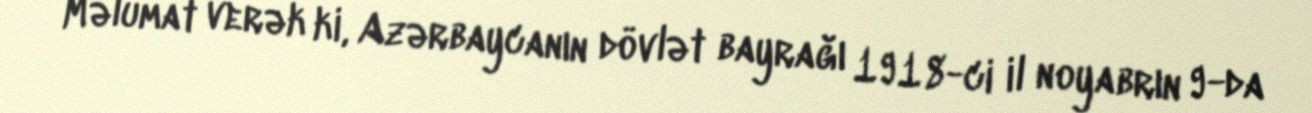
Məlumat verək ki, Azərbaycanın dövlət bayrağı 1918-ci il noyabrın 9-da